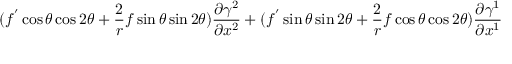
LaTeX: ( f ^ { ' } \cos \theta \cos 2 \theta + \frac { 2 } { r } f \sin \theta \sin 2 \theta ) \frac { \partial \gamma ^ { 2 } } { \partial x ^ { 2 } } + ( f ^ { ' } \sin \theta \sin 2 \theta + \frac { 2 } { r } f \cos \theta \cos 2 \theta ) \frac { \partial \gamma ^ { 1 } } { \partial x ^ { 1 } }